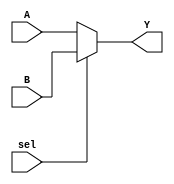
//*********************************************************
 module mux_2to1(A, B, sel, Y);
//*********************************************************

 output [15:0] Y;
 input [15:0] A, B;
 input sel;
 reg [15:0] Y;

 always @(A or B or sel)
 if (sel == 1'b0)
	Y <= A;
	else
	Y <= B;

 endmodule